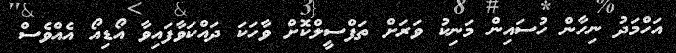
އަހްމަދު ނިހާން ހުސައިން މަނިކު ވަރަށް ތަފްސީލްކޮށް ވާހަކަ ދައްކަވާފައިވާ އޯޑިއޯ އެއްވެސް